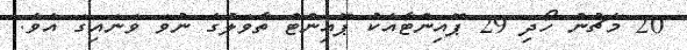
20 މެޗުން ހޯދި 29 ޕޮއިންޓާއެކު ޕޮއިންޓް ތާވަލުގެ ނުވަ ވަނައިގަ އެވެ.